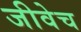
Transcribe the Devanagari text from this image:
जीवेच